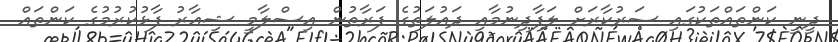
ދީނީ ކަންތައްތަކުގައި ސަރުކާރަށް ލަފާދިނުމާއި ދައުލަތުގެ ފަރާތުން އިސްލާމީ ޝިޢާރު ފާޅުކުރުމުގެ ކަންތައް